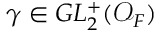
\gamma \in G L _ { 2 } ^ { + } ( { \mathcal { O } } _ { F } )